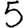
Digit: 5